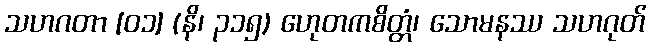
သဟဂတာ [၀၁] (နိ၊ ၃၁၅) ဟေုတကစိတ္တံ၊ သောမနဿ သဟဂုတ်